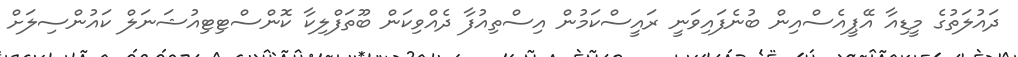
ދައުލަތުގެ މީޑިއާ އޭޕީއެސްއިން ބުނެފައިވަނީ ރައީސްކަމުން އިސްތިއުފާ ދެއްވިކަން ބޫތަފްލިކާ ކޮންސްޓިޓިއުޝަނަލް ކައުންސިލަށް